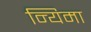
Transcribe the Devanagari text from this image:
न्यिमा